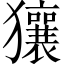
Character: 獽